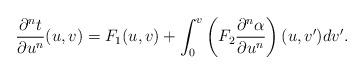
LaTeX: \begin{align*} \frac{\partial^nt}{\partial u^n}(u,v)=F_1(u,v)+\int_0^v\left(F_2\frac{\partial^n\alpha}{\partial u^n}\right)(u,v')dv'.\end{align*}